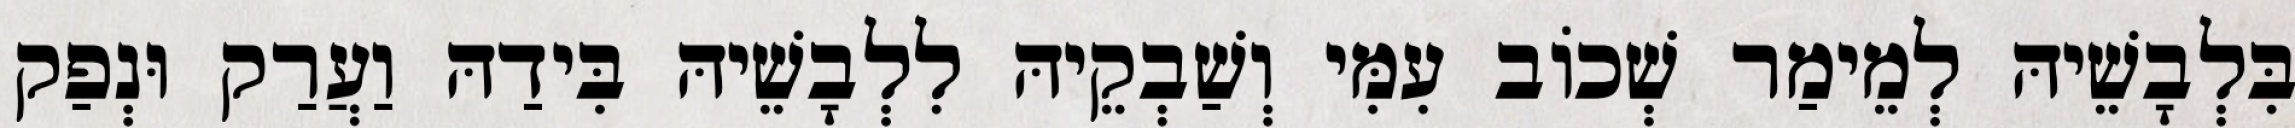
בִּלְבָשֵׁיהּ לְמֵימַר שְׁכוֹב עִמִּי וְשַׁבְקֵיהּ לִלְבָשֵׁיהּ בִּידַהּ וַעֲרַק וּנְפַק